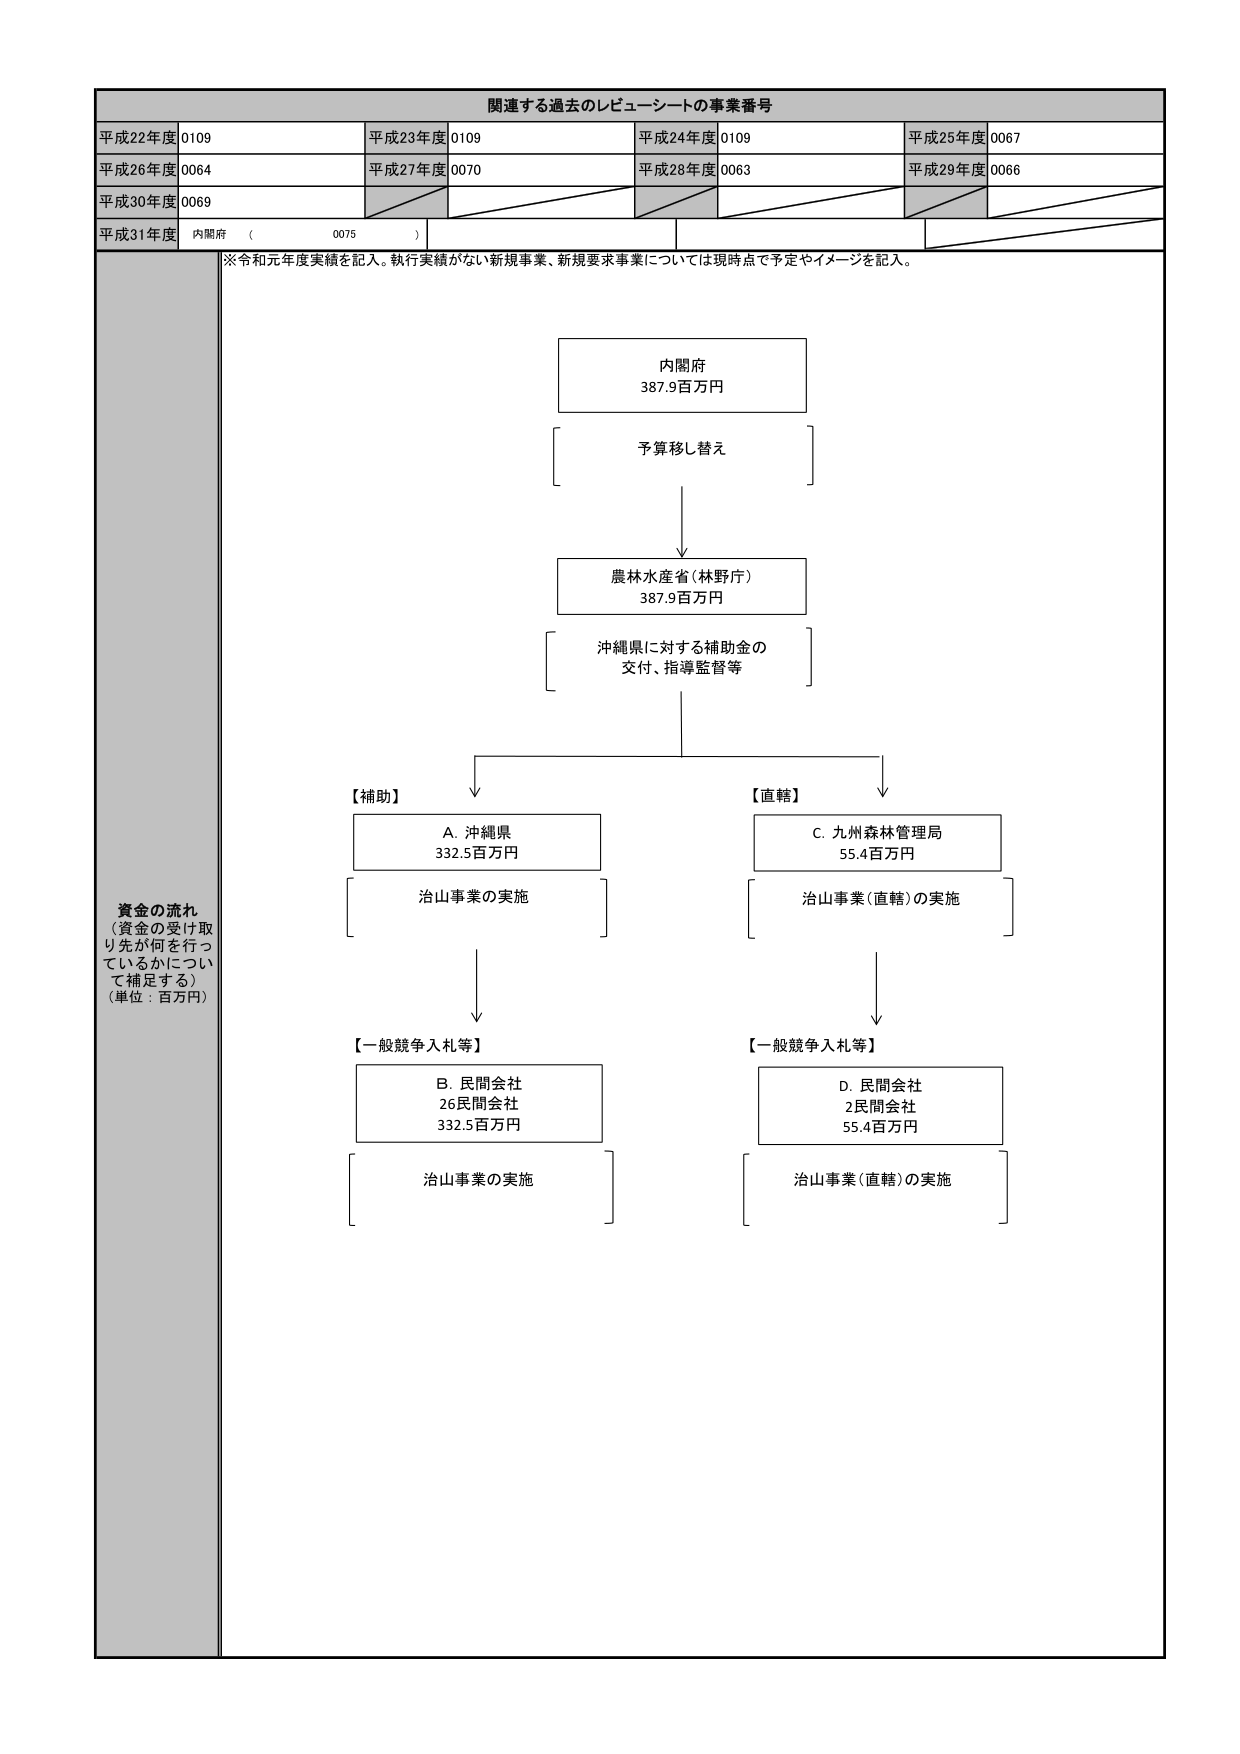
関連する過去のレビューーシートの事業番号
平成22年度 0109
平成23年度 0109
平成24年度 0109
平成25年度 0067
平成26年度 0064
平成27年度 0070
平成28年度 0063
平成29年度 0066
平成30年度 0069
平成31年度 内閣府 （ 0075 ）
※令和元年度実績を記入。執行実績がない新規事業、新規要求事業については現時点で予定やイメージを記入。
資金の流れ
（資金の受け取り先が何を行っているかについて補足する）
（単位：百万円）
内閣府
387.9百万円
予算移し替え
農林水産省（林野庁）
387.9百万円
沖縄県に対する補助金の
交付、指導監督等
【補助】
A. 沖縄県
332.5百万円
治山事業の実施
【直轄】
C. 九州森林管理局
55.4百万円
治山事業（直轄）の実施
【一般競争入札等】
B. 民間会社
26民間会社
332.5百万円
治山事業の実施
【一般競争入札等】
D. 民間会社
2民間会社
55.4百万円
治山事業（直轄）の実施